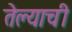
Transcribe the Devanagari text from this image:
तेल्याची